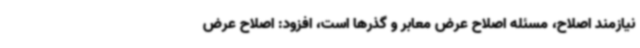
نیازمند اصلاح، مسئله اصلاح عرض معابر و گذرها است، افزود: اصلاح عرض